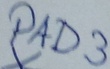
Text: PAD3